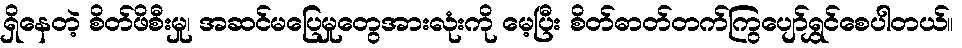
ရှိနေတဲ့ စိတ်ဖိစီးမှု၊ အဆင်မပြေမှုတွေအားလုံးကို မေ့ပြီး စိတ်ဓာတ်တက်ကြွပျော်ရွှင်စေပါတယ်။